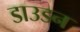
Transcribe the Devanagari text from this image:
डाउडन